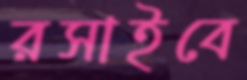
রসাইবে